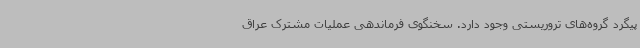
پیگرد گروه‌های تروریستی وجود دارد. سخنگوی فرماندهی عملیات مشترک عراق